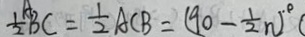
\frac { 1 } { 2 } A B C = \frac { 1 } { 2 } A C B = ( 9 0 - \frac { 1 } { 2 } n ) ^ { \circ }